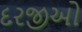
દરજીઓ